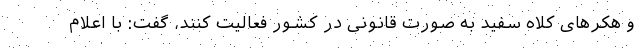
و هکرهای کلاه سفید به صورت قانونی در کشور فعالیت کنند، گفت: با اعلام